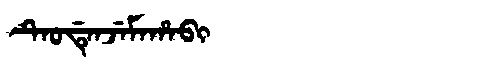
Manchu: ᡨᡝᠣᡩᡝᠨᠵᡝᠮᠠᡥᠠᠪᡳ
Romanization: TEODENJEMAHABI